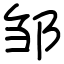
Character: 邹